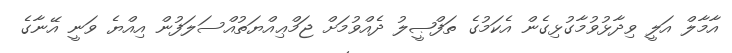
އާމާލް އަލީ ވިދާޅުވުމާގުޅިގެން އެކަމުގެ ތަފްޞީލު ދެއްވުމަށް ޖަމްޢިއްޔަތުއްސަލަފުން އިއްޔެ ވަނީ އޭނާގެ